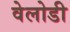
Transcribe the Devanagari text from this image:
वेलोडी